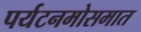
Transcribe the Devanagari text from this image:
पर्यटनमोसमात